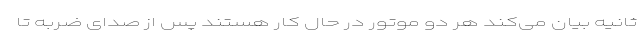
ثانیه بیان می‌کند هر دو موتور در حال کار هستند پس از صدای ضربه تا